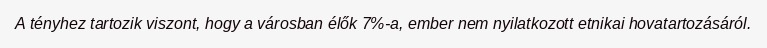
A tényhez tartozik viszont, hogy a városban élők 7%-a, ember nem nyilatkozott etnikai hovatartozásáról.